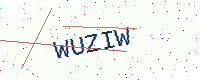
Text: WUZIW